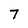
Character: 7